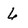
Character: 6